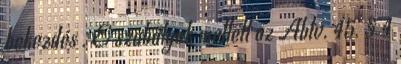
bekezdés . E szabályok mellett az Abtv. 45. § 4